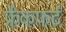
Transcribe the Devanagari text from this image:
फ्रैकफर्ट